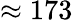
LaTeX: \approx 173